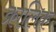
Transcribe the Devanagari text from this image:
क्रालिक